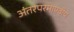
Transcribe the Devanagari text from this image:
अंतरपरमाण्वीय